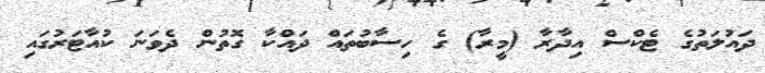
ދައުލަތުގެ ޓެކްސް އިދާރާ (މީރާ) ގެ ހިސާބުތައް ދައްކާ ގޮތުން ދެވަނަ ކުއާޓަރުގައި